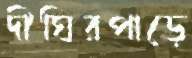
দীঘিরপাড়ে